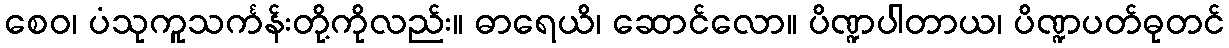
စေဝ၊ ပံသုကူသင်္ကန်းတို့ကိုလည်း။ ဓာရေယိ၊ ဆောင်လော။ ပိဏ္ဍပါတာယ၊ ပိဏ္ဍပတ်ဓုတင်